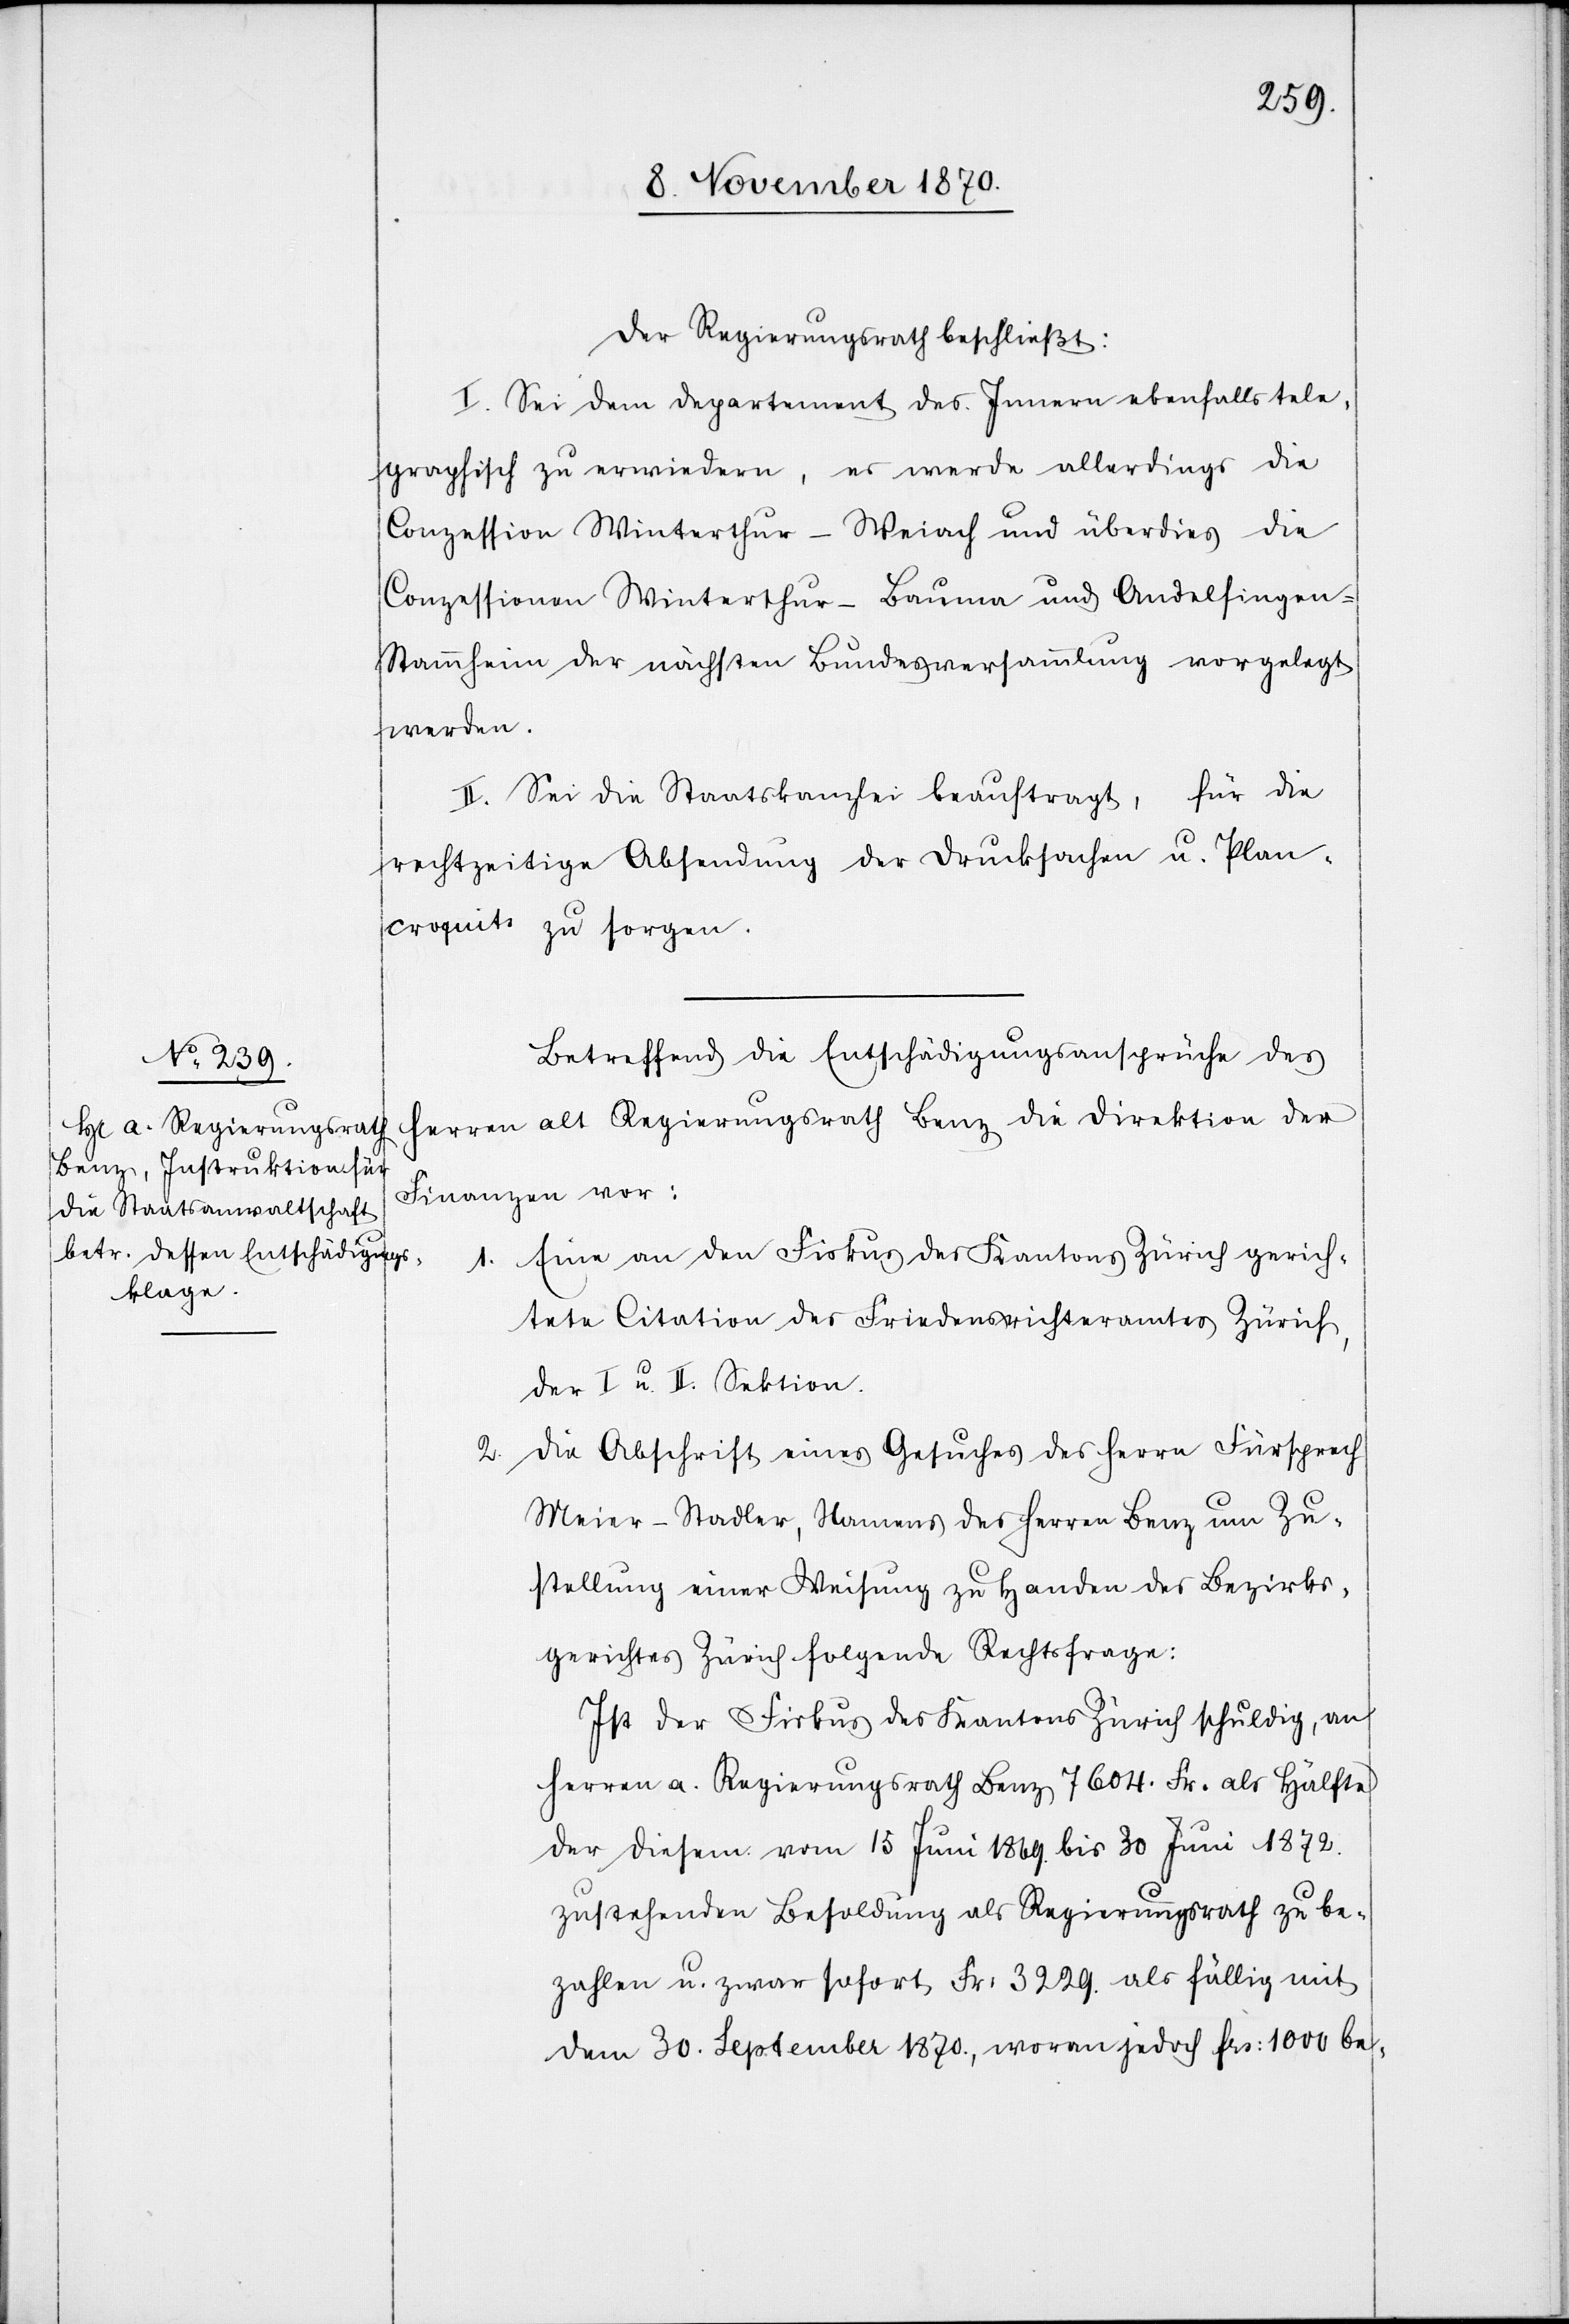
Der Regierungsrath beschließt:
I. Sei dem Departement des Innern ebenfalls tele¬
graphisch zu erwiedern, es werde[n] allerdings die
Conzession Winterthur–Weiach und überdies die
Conzessionen Winterthur–Bauma und Andelfingen–S¬
tammheim der nächsten Bundesversammlung vorgelegt
werden.
II. Sei die Staatskanzlei beauftragt, für die
rechtzeitige Absendung der Drucksachen u. Plan¬
croquits zu sorgen.
Betreffend die Entschädigungsansprüche des
Herren alt Regierungsrath Benz die Direktion der
Finanzen vor:
1. Eine an den Fiskus des Kantons Zürich gerich¬
tete Citation des Friedensrichteramtes Zürich,
der I. u. II. Sektion.
2. Die Abschrift eines Gesuches des Herrn Fürsprech
Meier-Stadler, Namens des Herren Benz um Zu¬
stellung einer Weisung zu Handen des Bezirks¬
gerichtes Zürich folgende Rechtsfrage:
Ist der Fiskus des Kantons Zürich schuldig, an
Herren a. Regierungsrath Benz 7604. Fr. als Hälfte
der diesem vom 15 Juni 1869 bis 30 Juni 1872.
zustehenden Besoldung als Regierungsrath zu be¬
zahlen u. zwar sofort Fr: 3229. als fällig mit
dem 30. September 1870, woran jedoch Frs: 1000 be-